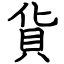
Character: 貨